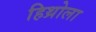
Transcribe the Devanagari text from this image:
हिथ्रोला